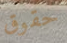
حقوق